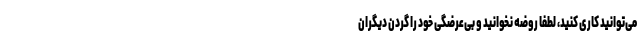
می‌توانید کاری کنید، لطفا روضه نخوانید و بی‌عرضگی خود را گردن دیگران